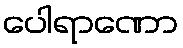
ပေါရာဏော